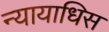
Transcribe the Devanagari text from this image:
न्यायाधिस